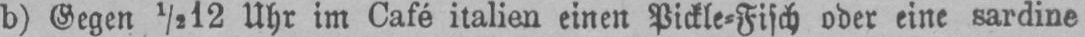
b) Gegen ½12 Uhr im Café italien einen Pickle⸗Fisch oder eine sardine